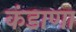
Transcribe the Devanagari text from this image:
कंडाणा